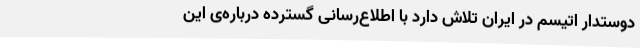
دوستدار اتیسم در ایران تلاش دارد با اطلاع‌رسانی گسترده درباره‌ی این